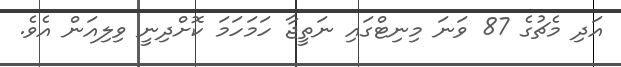
އަދި މެޗުގެ 87 ވަނަ މިނިޓްގައި ނަތީޖާ ހަމަހަމަ ކޮށްދިނީ ވިލިއަން އެވެ.